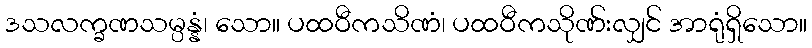
ဒသလက္ခဏသမ္ပန္နံ၊ သော။ ပထဝီကသိဏံ၊ ပထဝီကသိုဏ်းလျှင် အာရုံရှိသော။